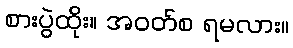
စားပွဲထိုး။ အဝတ်စ ရမလား။